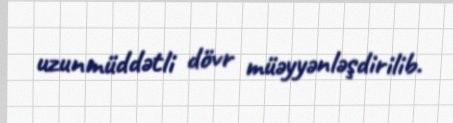
uzunmüddətli dövr müəyyənləşdirilib.